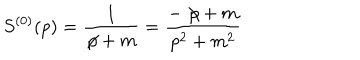
S ^ { ( 0 ) } ( p ) = \frac { 1 } { \not { \! p } + m } = \frac { - \not { \! p } + m } { p ^ { 2 } + m ^ { 2 } }